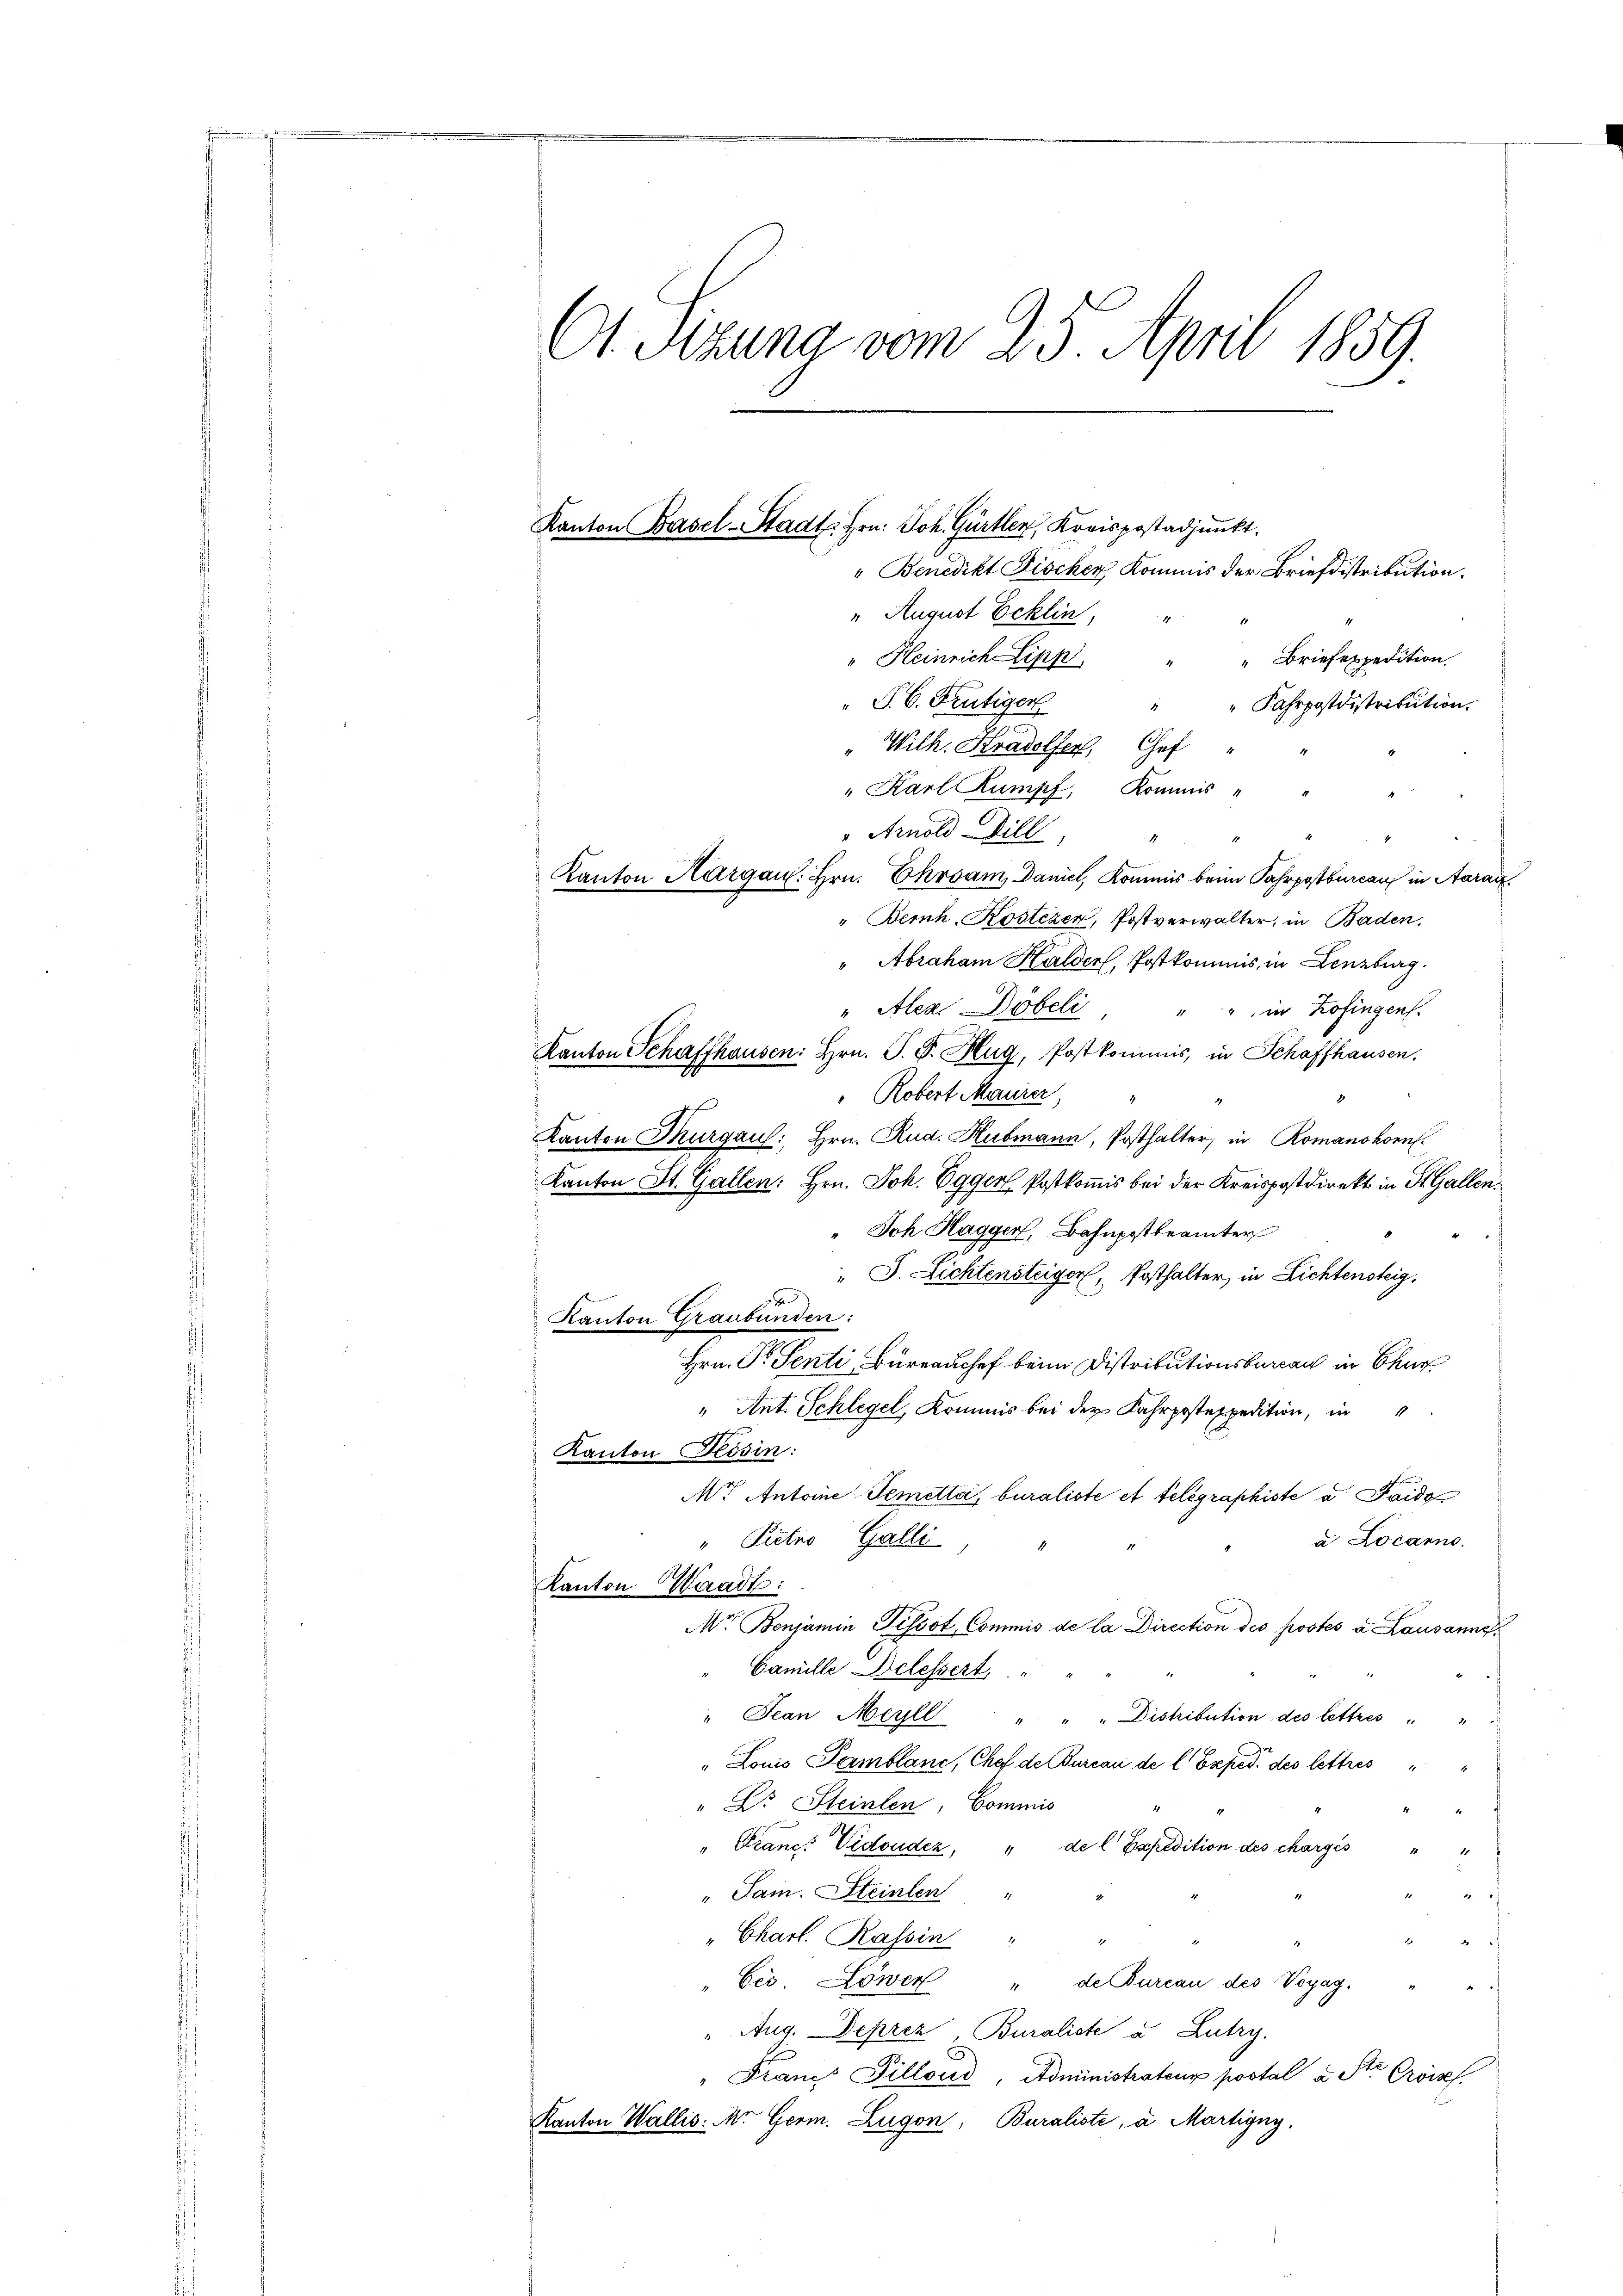
Ot Sizung vom 25. April 1859.

" Benedikt Fischen Kommis der Briefdistribution.
" August Ecklin,
" Heinrich Lipp " " Briefexpedition.
 P. C. Frutiger
Fahrpostdistritution.
"Wilh. Kradolfer, Chef
" Karl Rumpf, Kommis-
" Arnold Dill
Kanton Aargau: Hrn. Ehrsam, Daniel, Kommis beim Fahrpostbureau in Aarau
" Bernh Kostezen, Postverwalter, in Baden,
" Abraham Halder, Postkommnis, in Lenzburg.
" Alex. Döbeli, " " in Zofingen.
Kanton Schaffhausen: Hrn. P. P. Hug, Postkommis, in Schaffhausen.
" Robert Maurer,
i
Kanton Thurgau: Hrn. Rud. Hubmann, Posthalter, in Romanshorn
Kanton St. Gallen. Hrn. Joh. Egger, Postkommis bei der Kreispostdirekt in St. Gallen.
" Joh. Haggen, Bahnpostbeamter
S. Lichtensteiger, Posthalter, in Lichtensteig.
t
Kanton Graubünden:
Hrn. Pr. Senti, Bureau chef beim Distributionsbureau in Chur
" Ant. Schlegel, Kommis bei der Fahrpostexpedition, in
Kanton Tessin:
Mr Antoine Temetta, buraliste et telegraphiste a Paido
" Petro Galli
a Locarno.
Kanton Waadt:
Mtr. Benjamin Pissot Commis de la Direction des postes u. Lausanne,
Camille Delessert
" Jean Merll " " " Diskibution des lettres
Louis Pamblanc, Chef de Bureau de l. Exped. des lettres
" L. Steinlen, Commis
Prancs Vidonder, " de l. Expedition des chargés
2
"Sam. Steinlen"
" Charl. Kassin " "

Ces. Löwen " de Burcan des Voyag.
" Aug. Deprez, Buraliste u. Lutry.
" Franz Fillour, Administrateur postal u St. Croiss
Kanton Wallis: M. Germ. Zugon, Buraliste, a Martigny,

Kanton Basel-Stadt. Hrn. Joh. Gürtler, Kreispostadjunkt